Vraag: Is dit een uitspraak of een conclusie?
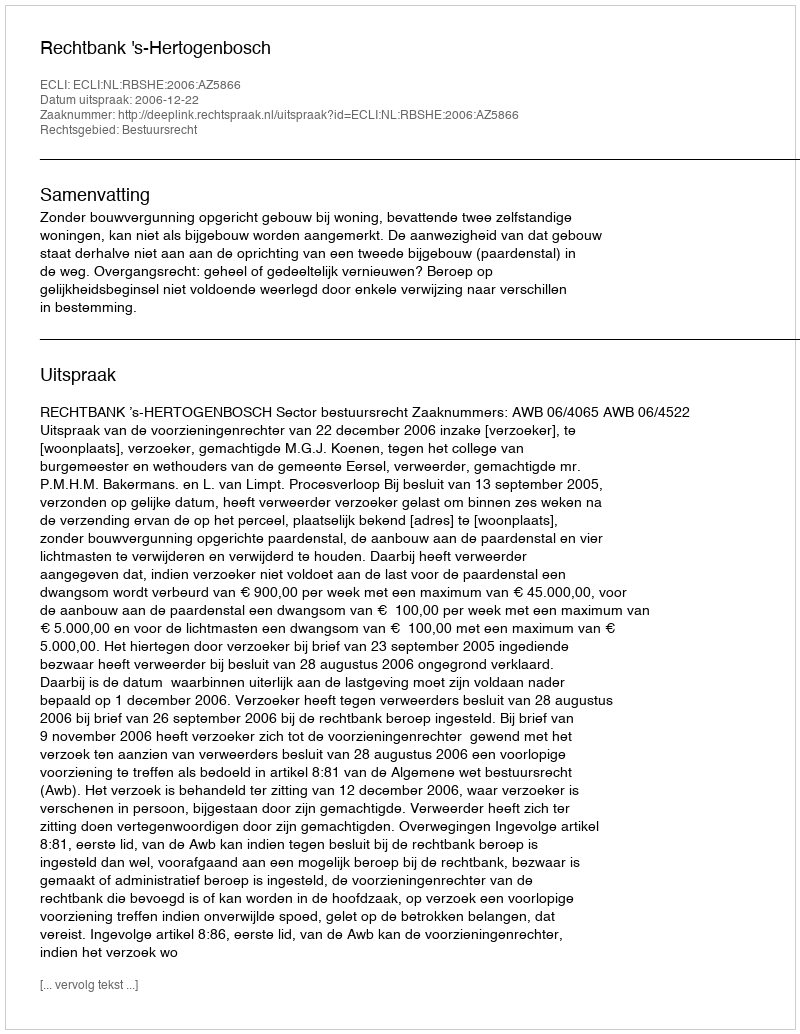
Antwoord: Uitspraak